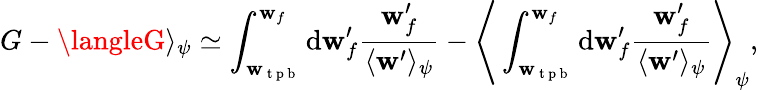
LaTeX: G-\langleG\rangle_{\psi}\simeq\int_{\mathbf{w}_{\mathrm{{~t~p~b~}}}}^{\mathbf{w}_{f}}\mathrm{{d}}\mathbf{w}_{f}^{\prime}\frac{{\mathbf{w}_{f}^{\prime}}}{{\langle\mathbf{w}^{\prime}\rangle_{\psi}}}-\Bigg\langle\int_{\mathbf{w}_{\mathrm{{~t~p~b~}}}}^{\mathbf{w}_{f}}\mathrm{{d}}\mathbf{w}_{f}^{\prime}\frac{{\mathbf{w}_{f}^{\prime}}}{{\langle\mathbf{w}^{\prime}\rangle_{\psi}}}\Bigg\rangle_{\psi},